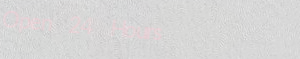
Open 24 Hours